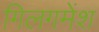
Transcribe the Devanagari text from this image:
गिलगमेंश